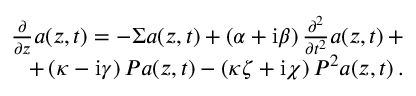
\begin{array} { r } { \frac { \partial } { \partial z } a \! \left( z , t \right) = - \Sigma a \! \left( z , t \right) + \left( \alpha + \mathrm { i } \beta \right) \frac { \partial ^ { 2 } } { \partial t ^ { 2 } } a \! \left( z , t \right) + } \\ { + \left( \kappa - \mathrm { i } \gamma \right) P a \! \left( z , t \right) - \left( \kappa \zeta + \mathrm { i } \chi \right) P ^ { 2 } a \! \left( z , t \right) . } \end{array}